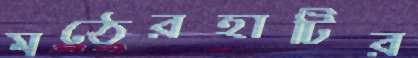
মঠেরহাটির